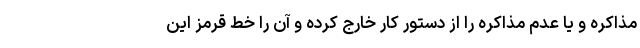
مذاکره و یا عدم مذاکره را از دستور کار خارج کرده و آن را خط قرمز این